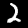
Label: 2